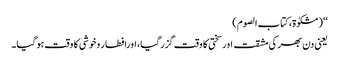
‘‘(مشکوٰۃ، کتاب الصوم)
یعنی دن بھر کی مشقت اورسختی کا وقت گزرگیا، اورافطار وخوشی کا وقت ہوگیا۔